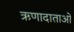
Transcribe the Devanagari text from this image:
ऋणादाताओं